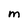
Character: M